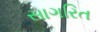
સાગરિત